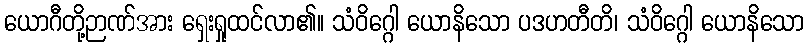
ယောဂီတို့ဉာဏ်အား ရှေးရှုထင်လာ၏။ သံဝိဂ္ဂေါ ယောနိသော ပဒဟတီတိ၊ သံဝိဂ္ဂေါ ယောနိသော